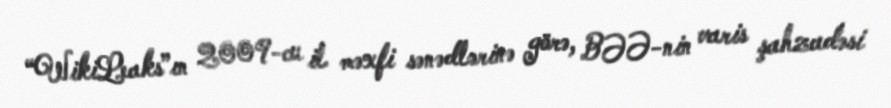
“WikiLeaks”ın 2009-cu il məxfi sənədlərinə görə, BƏƏ-nin varis şahzadəsi